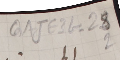
GAJE 3G-28 2